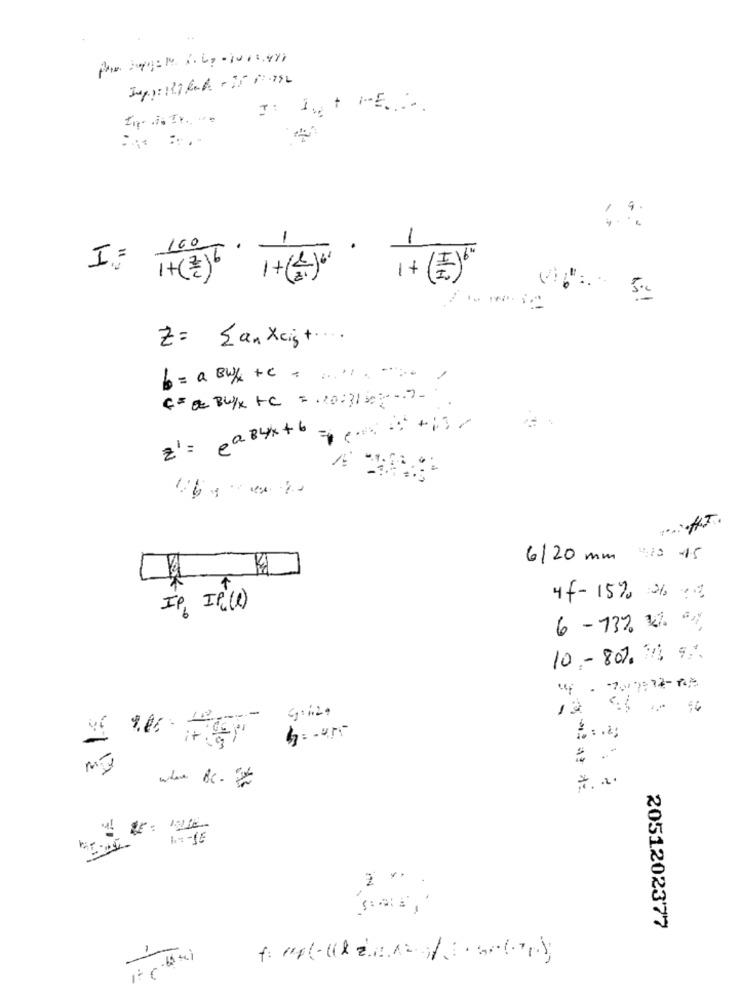
1
- +
I = 1+( * )6 1+( 2 )
Z= Sanxcigt ....
b= a Bulk +c =.........
€ = Or BUYX +C =. 10:31 30 .....
z' = eaBux+6 = = +13/
6/20 mm -13 45
F
4f-15% 21 :
IP, IP(1)
6-73% 100
10 -80%, 5%
it g1
My
* ** .
2051202377
It C't